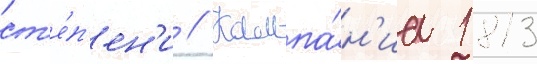
ст'е́п'ен'и // Кампа́н'иа 1813